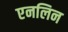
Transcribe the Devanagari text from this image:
एनलिन